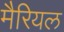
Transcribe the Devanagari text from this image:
मैरियल